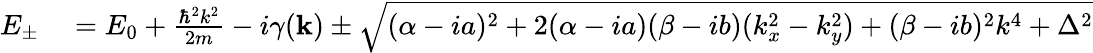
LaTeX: \begin{array}{rl}{E_{\pm}}&{{}=E_{0}+\frac{\hbar^{2}k^{2}}{2m}-i\gamma(\mathbf{k})\pm\sqrt{(\alpha-ia)^{2}+2(\alpha-ia)(\beta-ib)(k_{x}^{2}-k_{y}^{2})+(\beta-ib)^{2}k^{4}+\Delta^{2}}}\end{array}